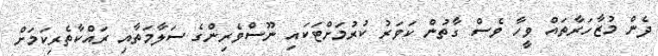
ދެން މުޒާހަރާތައް ވީހާ ވެސް ގާތުން ކަވަރު ކުރުމަށްޓަކައި ނޫސްވެރިންގެ ސަލާމަތާއި ރައްކާތެރިކަމަށް